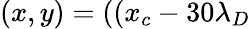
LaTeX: (x,y)=((x_{c}-30\lambda_{D}